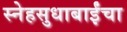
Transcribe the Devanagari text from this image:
स्नेहसुधाबाईंचा